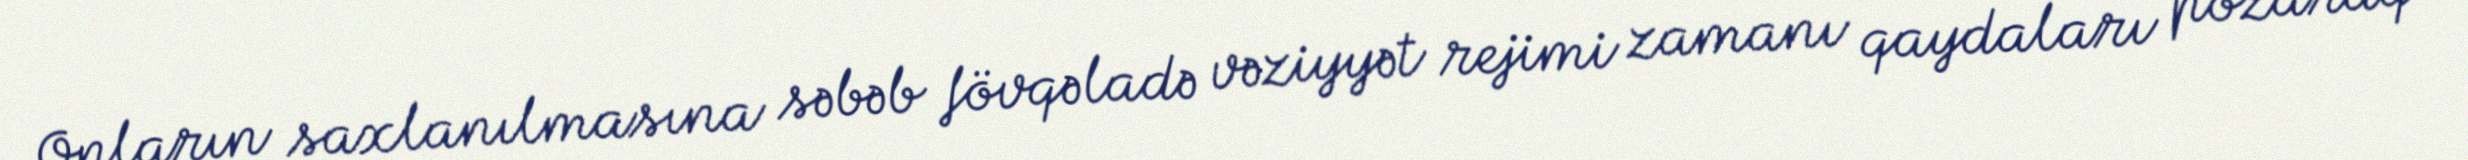
Onların saxlanılmasına səbəb fövqəladə vəziyyət rejimi zamanı qaydaları pozaraq